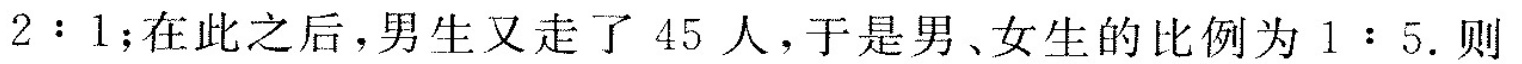
2:1；在此之后，男生又走了45人，于是男、女生的比例为1:5.则